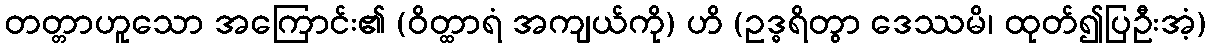
တတ္တာဟူသော အကြောင်း၏ (ဝိတ္ထာရံ အကျယ်ကို) ဟိ (ဥဒ္ဓရိတွာ ဒေဿမိ၊ ထုတ်၍ပြဦးအံ့)